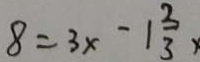
8 = 3 x - 1 \frac { 2 } { 3 }